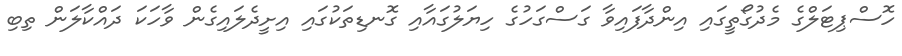
ހޮސްޕިޓަލްގެ މެދުގޯތީގައި އިންދާފައިވާ ގަސްގަހުގެ ހިޔަލުގައާއި ގޮނޑިތަކުގައި އިށީދެލައިގެން ވާހަކަ ދައްކާލަން ތިބި